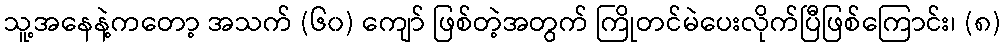
သူ့အနေနဲ့ကတော့ အသက် (၆၀) ကျော် ဖြစ်တဲ့အတွက် ကြိုတင်မဲပေးလိုက်ပြီဖြစ်ကြောင်း၊ (၈)